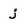
Character: j